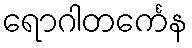
ရောဂါတင်္ကေန